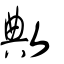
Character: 敟